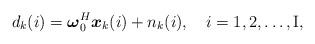
LaTeX: \begin{align*}{d_k(i)} = {\boldsymbol {\omega}}_0^H{\boldsymbol x_k(i)}+{n_k(i)},~~~ i=1,2, \ldots, \textrm{I} ,\end{align*}